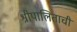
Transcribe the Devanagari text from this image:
श्रीपालिताची